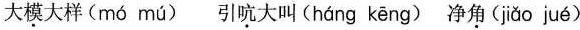
大模大样( mó mú ) 引吭大叫( háng kēng ) 净角( jiǎo jué )